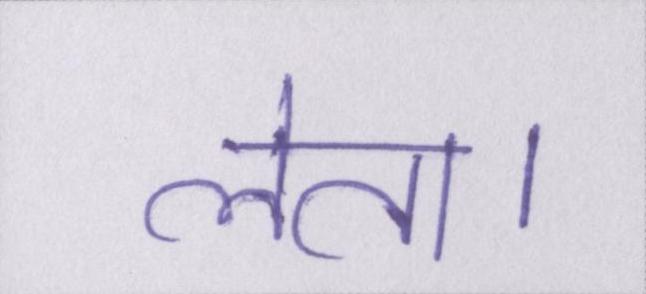
लेता।